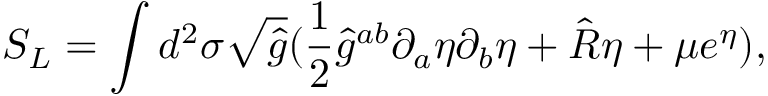
S _ { L } = \int d ^ { 2 } \sigma \sqrt { \hat { g } } ( \frac { 1 } { 2 } { \hat { g } } ^ { a b } \partial _ { a } \eta \partial _ { b } \eta + \hat { R } \eta + \mu e ^ { \eta } ) ,